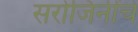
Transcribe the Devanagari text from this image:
सरोजिनींचे